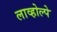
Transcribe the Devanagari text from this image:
लाव्होल्पे